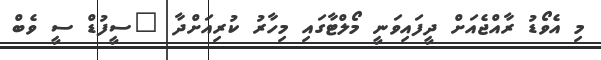
މި އެވޯޑު ރާއްޖެއަށް ދީފައިވަނީ މޯލްޓާގައި މިހާރު ކުރިއަށްދާ "ސީފުޑް ސީ ވެބް